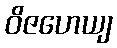
ဝိဇဟေယျ